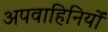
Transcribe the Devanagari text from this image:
अपवाहिनियों